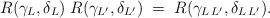
LaTeX: \begin{align*}R(\gamma_{L},\delta_{L})\;R(\gamma_{L^{\prime}},\delta_{L^{\prime}})\;=\; R(\gamma_{L\,L^{\prime}},\delta_{L\,L^{\prime}}).\end{align*}